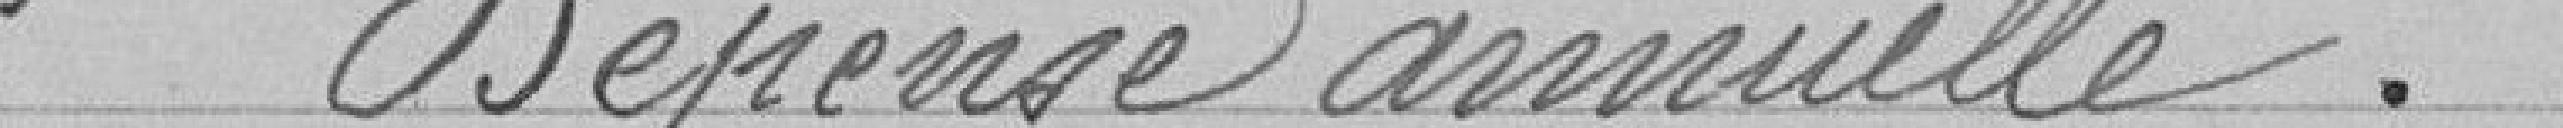
Dépense annuelle